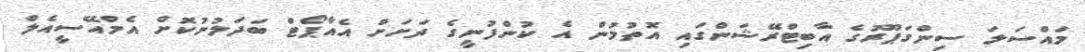
މައްސަލަ ސިންގަޕޫރުގެ އާބިޓްރޭޝަންގައި އޮތުމުން އެ ކުންފުނީގެ ދަށަށް އެއާޕޯޓް ބަދަލުނުކޮށް އެމްއޭސީއެލް